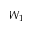
W _ { 1 }